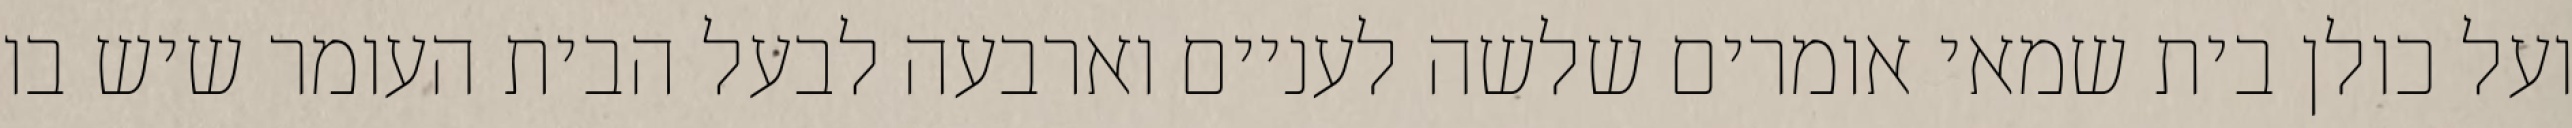
ועל כולן בית שמאי אומרים שלשה לעניים וארבעה לבעל הבית העומר שיש בו